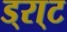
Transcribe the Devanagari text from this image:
ड्रा्ट